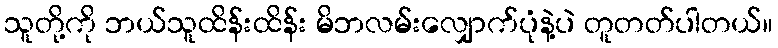
သူတို့ကို ဘယ်သူထိန်းထိန်း မိဘလမ်းလျှောက်ပုံနဲ့ပဲ တူတတ်ပါတယ်။